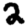
Digit: 2